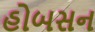
હોબસન